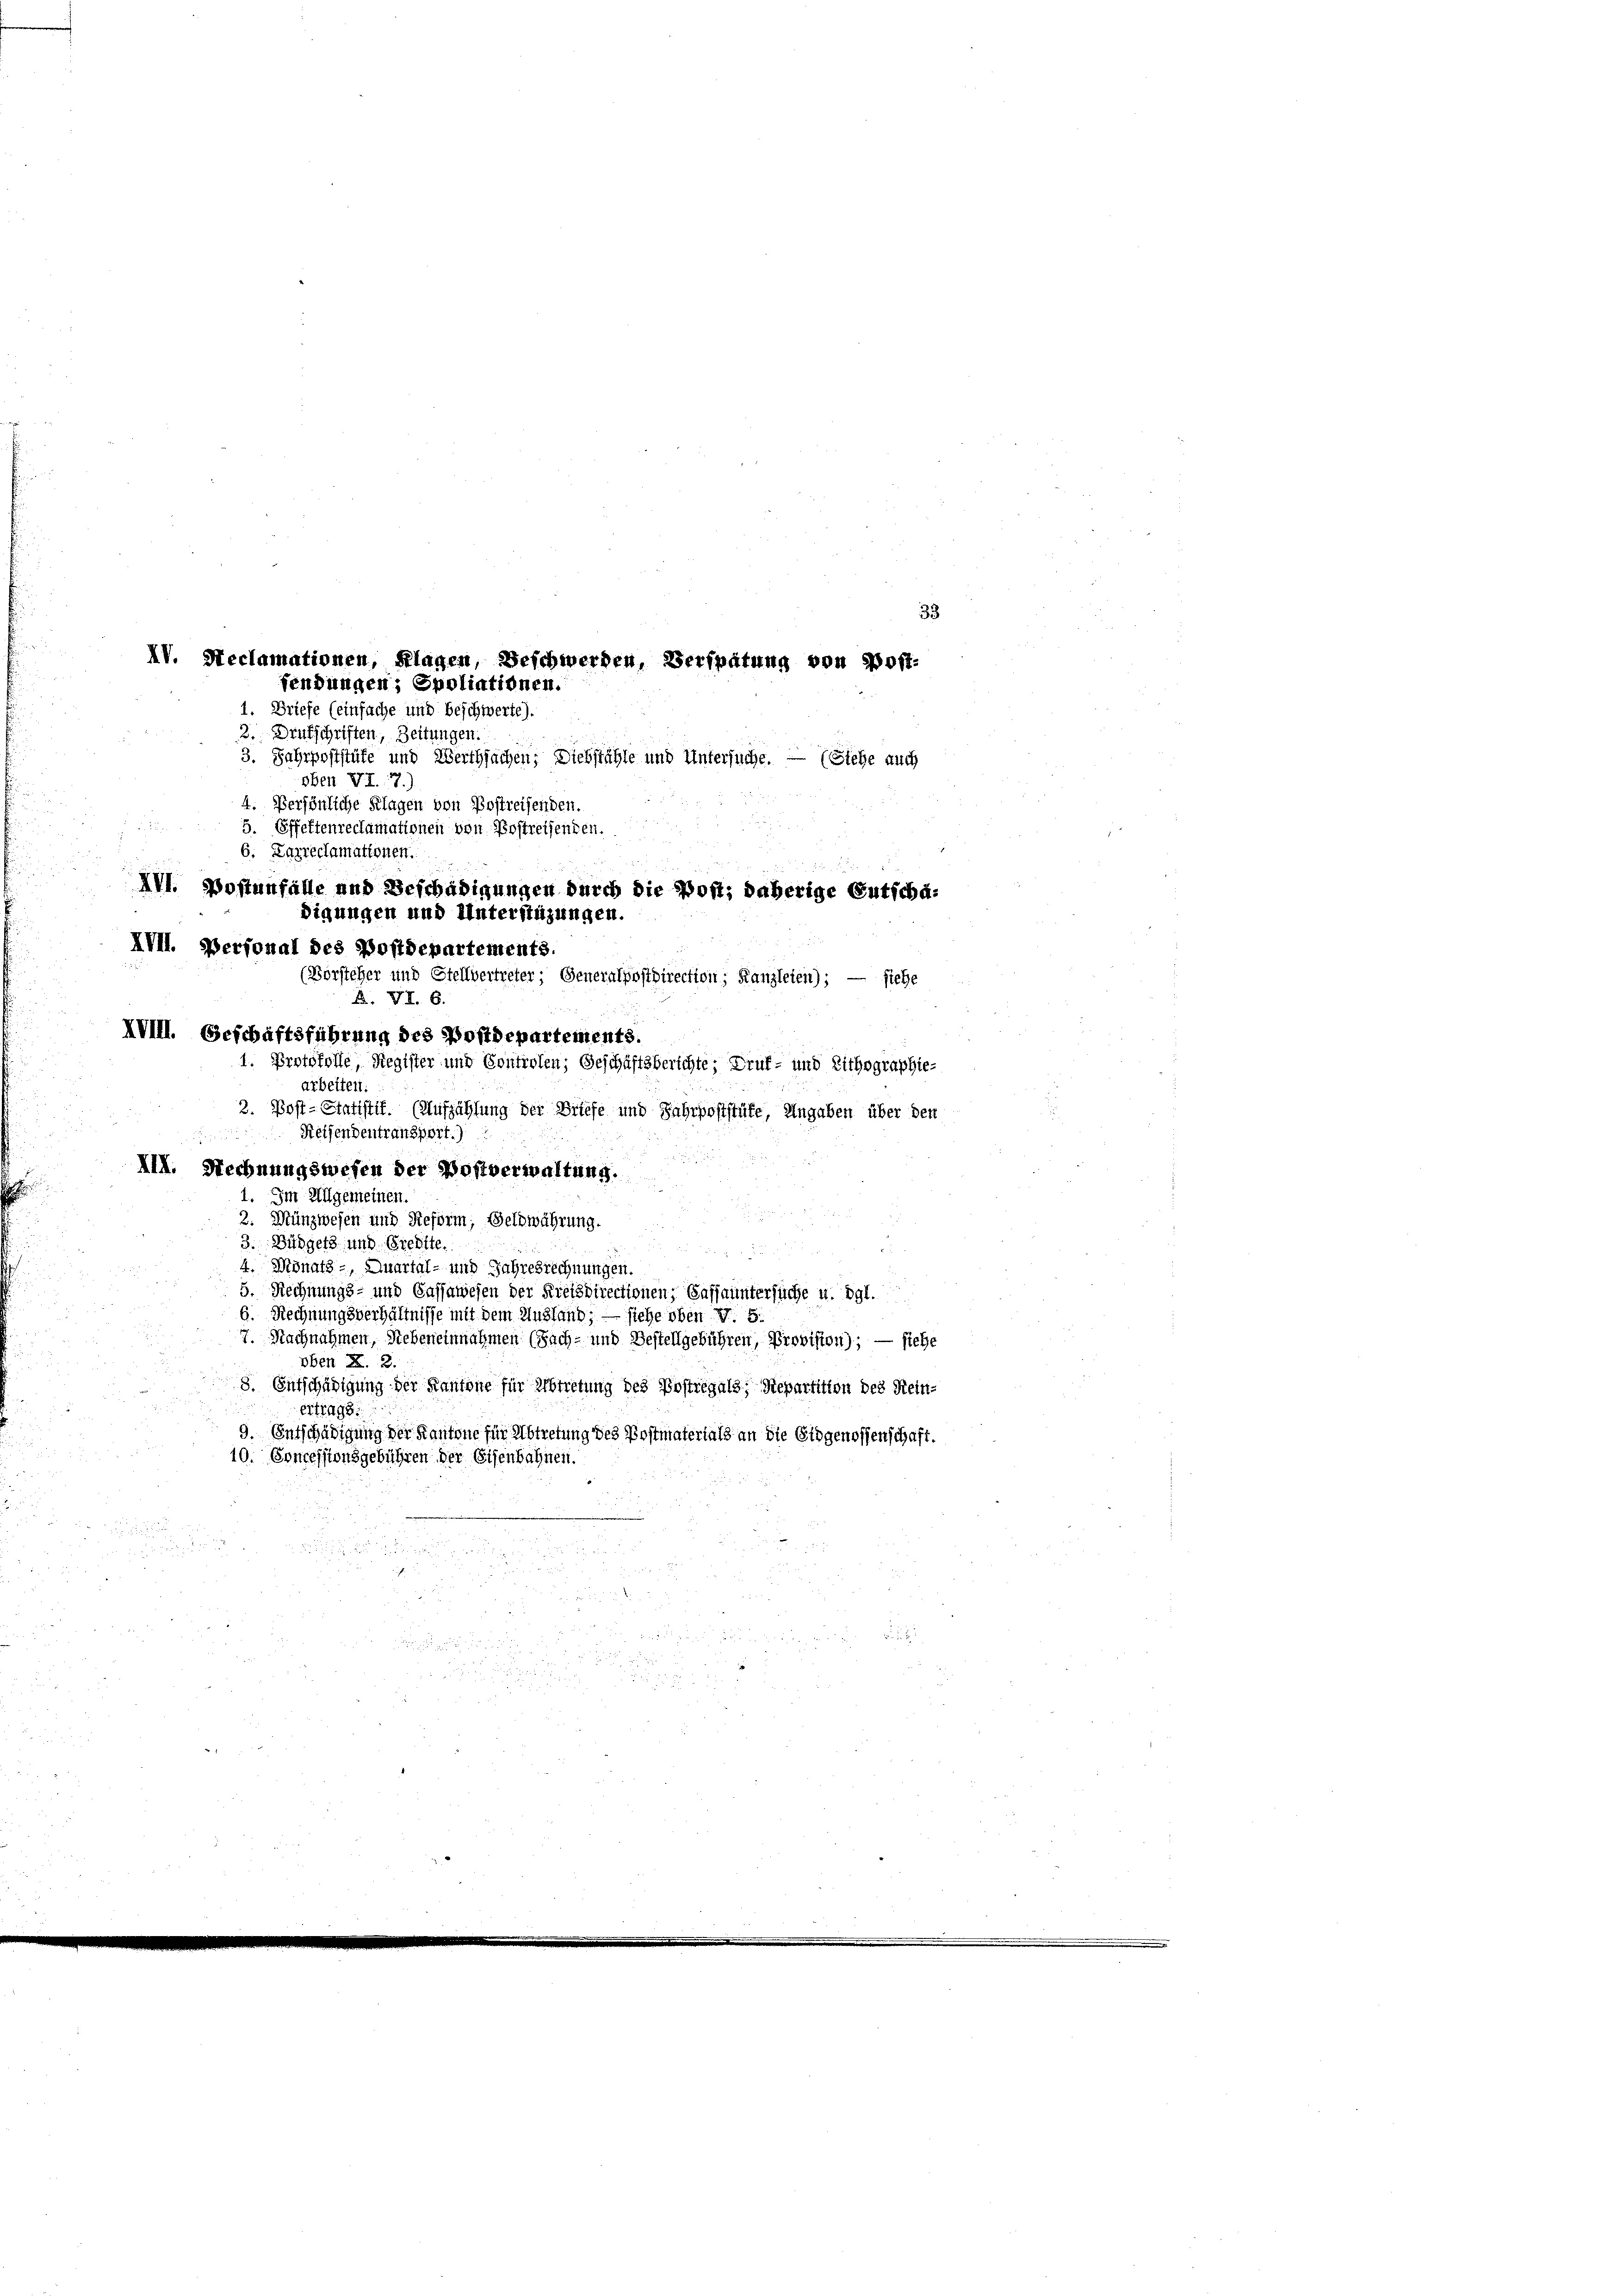
1. Briefe (einfache und beschwerte).
2. Drukschriften, Zeitungen.
3. Jahrpoststüfe und Werthsachen; Diebstähle und Untersuche. — (Siehe auch
oben VI. 7)
4. Persönliche Klagen von Postreisenden.
5. Offettenreclamationen von Postreifenden.
au
XVI. Postenfalle und Beschädigungen durch die Post, daherige Gutscha¬
(Börsteher und Stellvertreter; Generalpostdirection; Kanzleien);
siehe

. Protokolle, Register und Controlen; Geschäftsberichte; Druf- und Lithographie-
2. Post-Statistit. (Aufzählung der Briefe und Jahrpoststüfe, Angaben über den
Reifendentransport.)

III. Rechnungswesen der Bostverwaltung.
1. Im Allgemeinen.
2. Münzwesen und Reform; Selbwährung.
3. Büdgets und Credite.
 0 f 0 x
4. Monats-, Quartal- und Jahresrechnungen.
5. Rechnungs- und Cassawesen der Kreisdirectionen, Saffauntersuche u. dgl.
6. Rechnungsverhältnisse mit dem Ausland; — siehe oben v. 5.
7. Nachnahmen, Nebeneinnahmen (Sach- und Bestellgebühren, Provision); — siehe
oben Z. 2.
8. Entschädigung der Kantone für Erbtretung des Postregals, Repartition des Reinertrags
9. Entschädigung der Kantone für Abtretung des Postmaterials an die Eidgenossenschaft.
10. Concessionsgebühren der Eisenbahnen.

d

un

33
XV. Reclamationen, Klagen, Beschwerden, Verspätung von Post-
fendungen; Spoliationen.

6. Zarreclamationen.
digungen und Unterstüzungen.
IVII. Personal des Postdepartements.
B. VI. 6.
IVIII. Geschäftsführung des Postdepartements.
arbeiten.